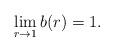
LaTeX: \begin{align*} \lim_{r\to 1}b(r)=1.\end{align*}